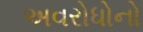
અવરોધોનો